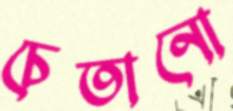
চেতানো